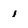
Character: I